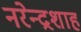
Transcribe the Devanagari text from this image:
नरेन्द्रशाह